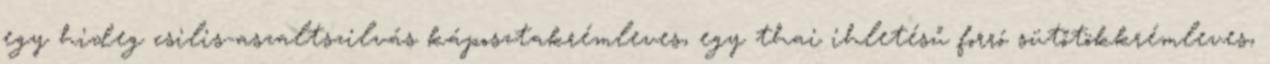
egy hideg csilis-aszaltszilvás káposztakrémleves, egy thai ihletésű forró sütőtökkrémleves,